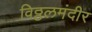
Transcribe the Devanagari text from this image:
विठ्ठलमंदीर